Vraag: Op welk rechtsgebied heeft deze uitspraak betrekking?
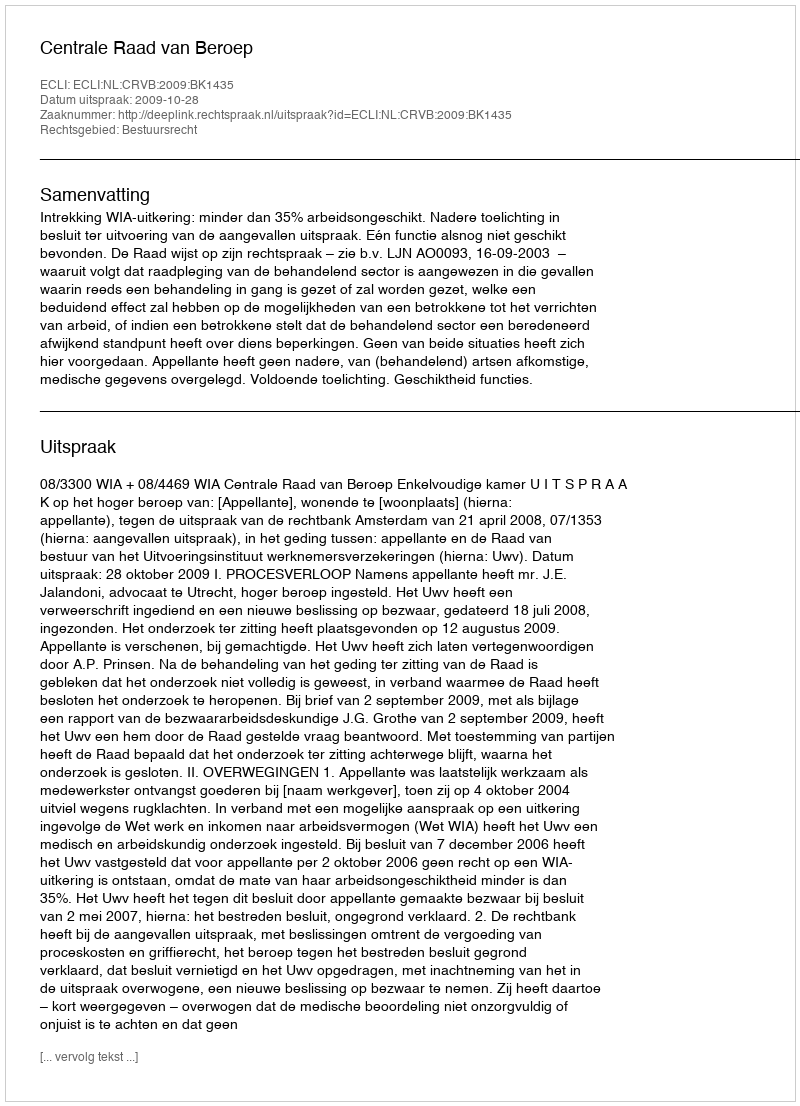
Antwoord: Bestuursrecht